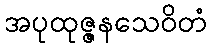
အပုထုဇ္ဇနသေဝိတံ